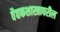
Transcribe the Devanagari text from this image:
वैद्यकशास्त्रावरील